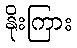
နိုးကြား